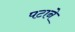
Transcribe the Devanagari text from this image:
पटाने